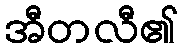
အီတလီ၏